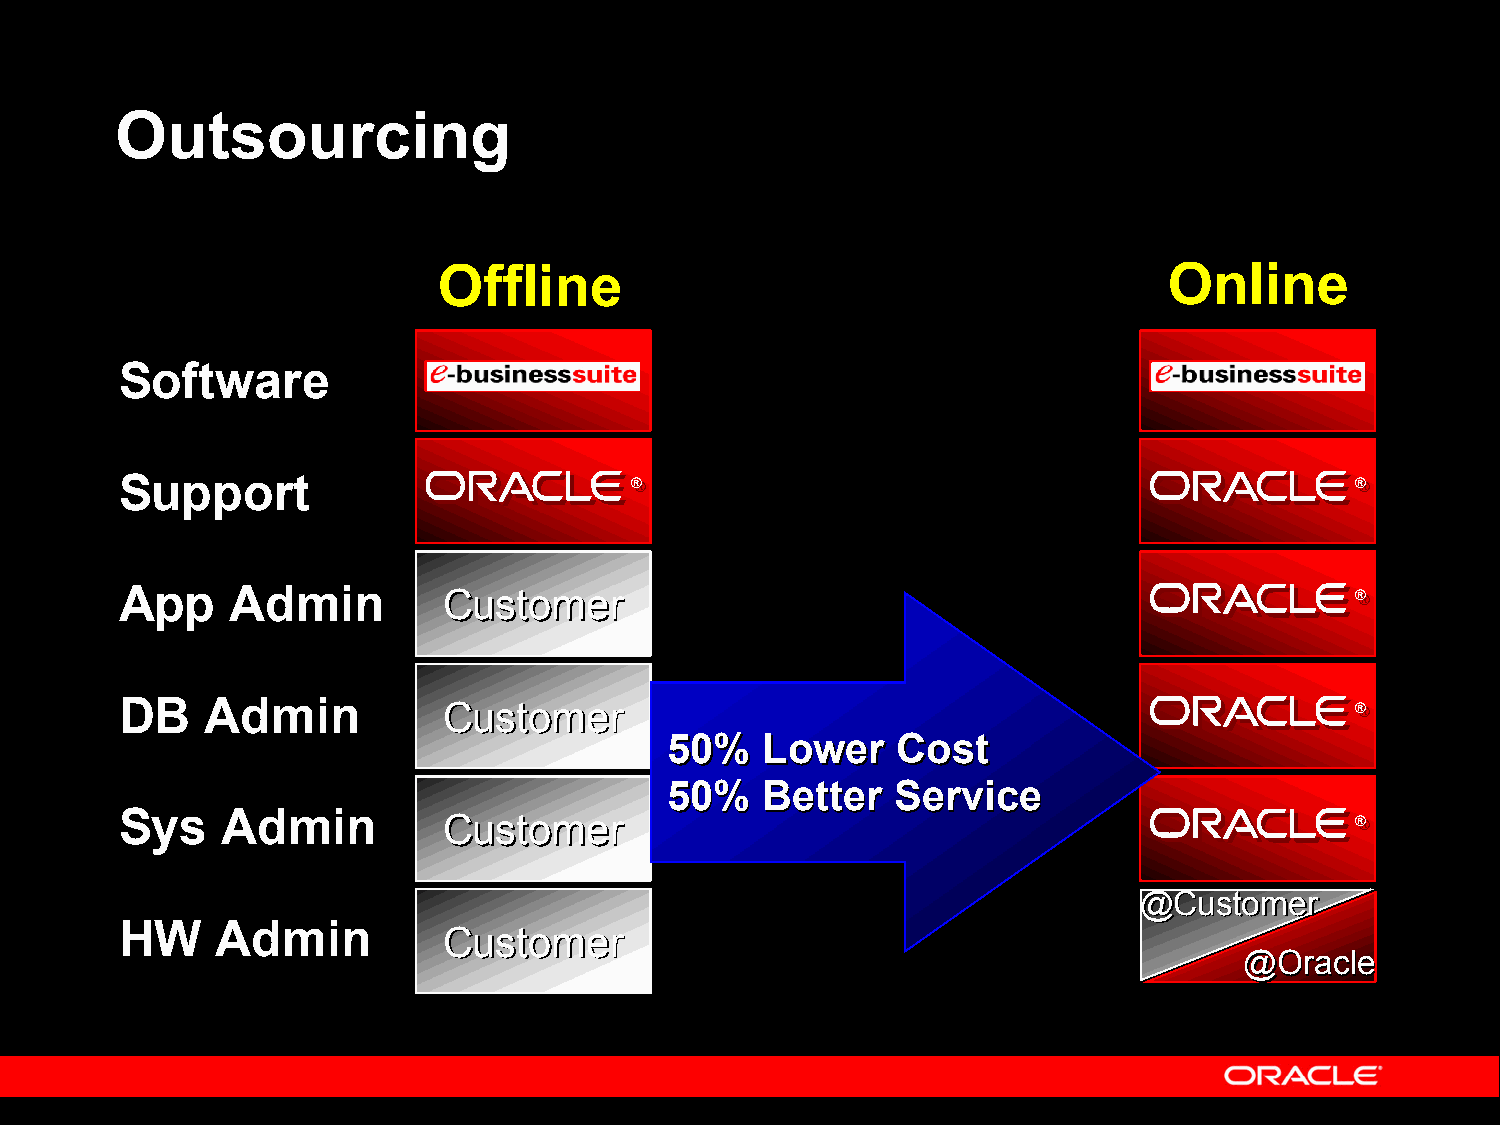
Outsourcing
 Offline                                         Online
 Software
 Support                           ®®                                              ®®
 App    Admin         CCuussttoommeerr                                             ®®
 DB    Admin          CCuussttoommeerr                                             ®®
 5500%% LLoowweerr CCoosstt
 5500%% BBeetttteerr SSeerrvviiccee
 Sys    Admin
 CCuussttoommeerr                                             ®®
 @@CCuussttoommeerr
 HW    Admin
 CCuussttoommeerr
 @@OOrraaccllee